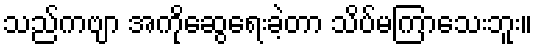
သည်ကဗျာ အကိုဆွေရေးခဲ့တာ သိပ်မကြာသေးဘူး။